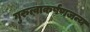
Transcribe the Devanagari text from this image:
गुरुत्वाकर्षणजन्य